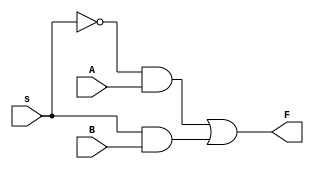
module muxselect(A, B, s, F);
	input A, B, s;
	output F;
	
	assign F = (~s&A)|(s&B);
endmodule